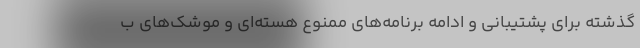
گذشته برای پشتیبانی و ادامه برنامه‌های ممنوع هسته‌ای و موشک‌های ب